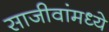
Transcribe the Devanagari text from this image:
साजीवांमध्ये